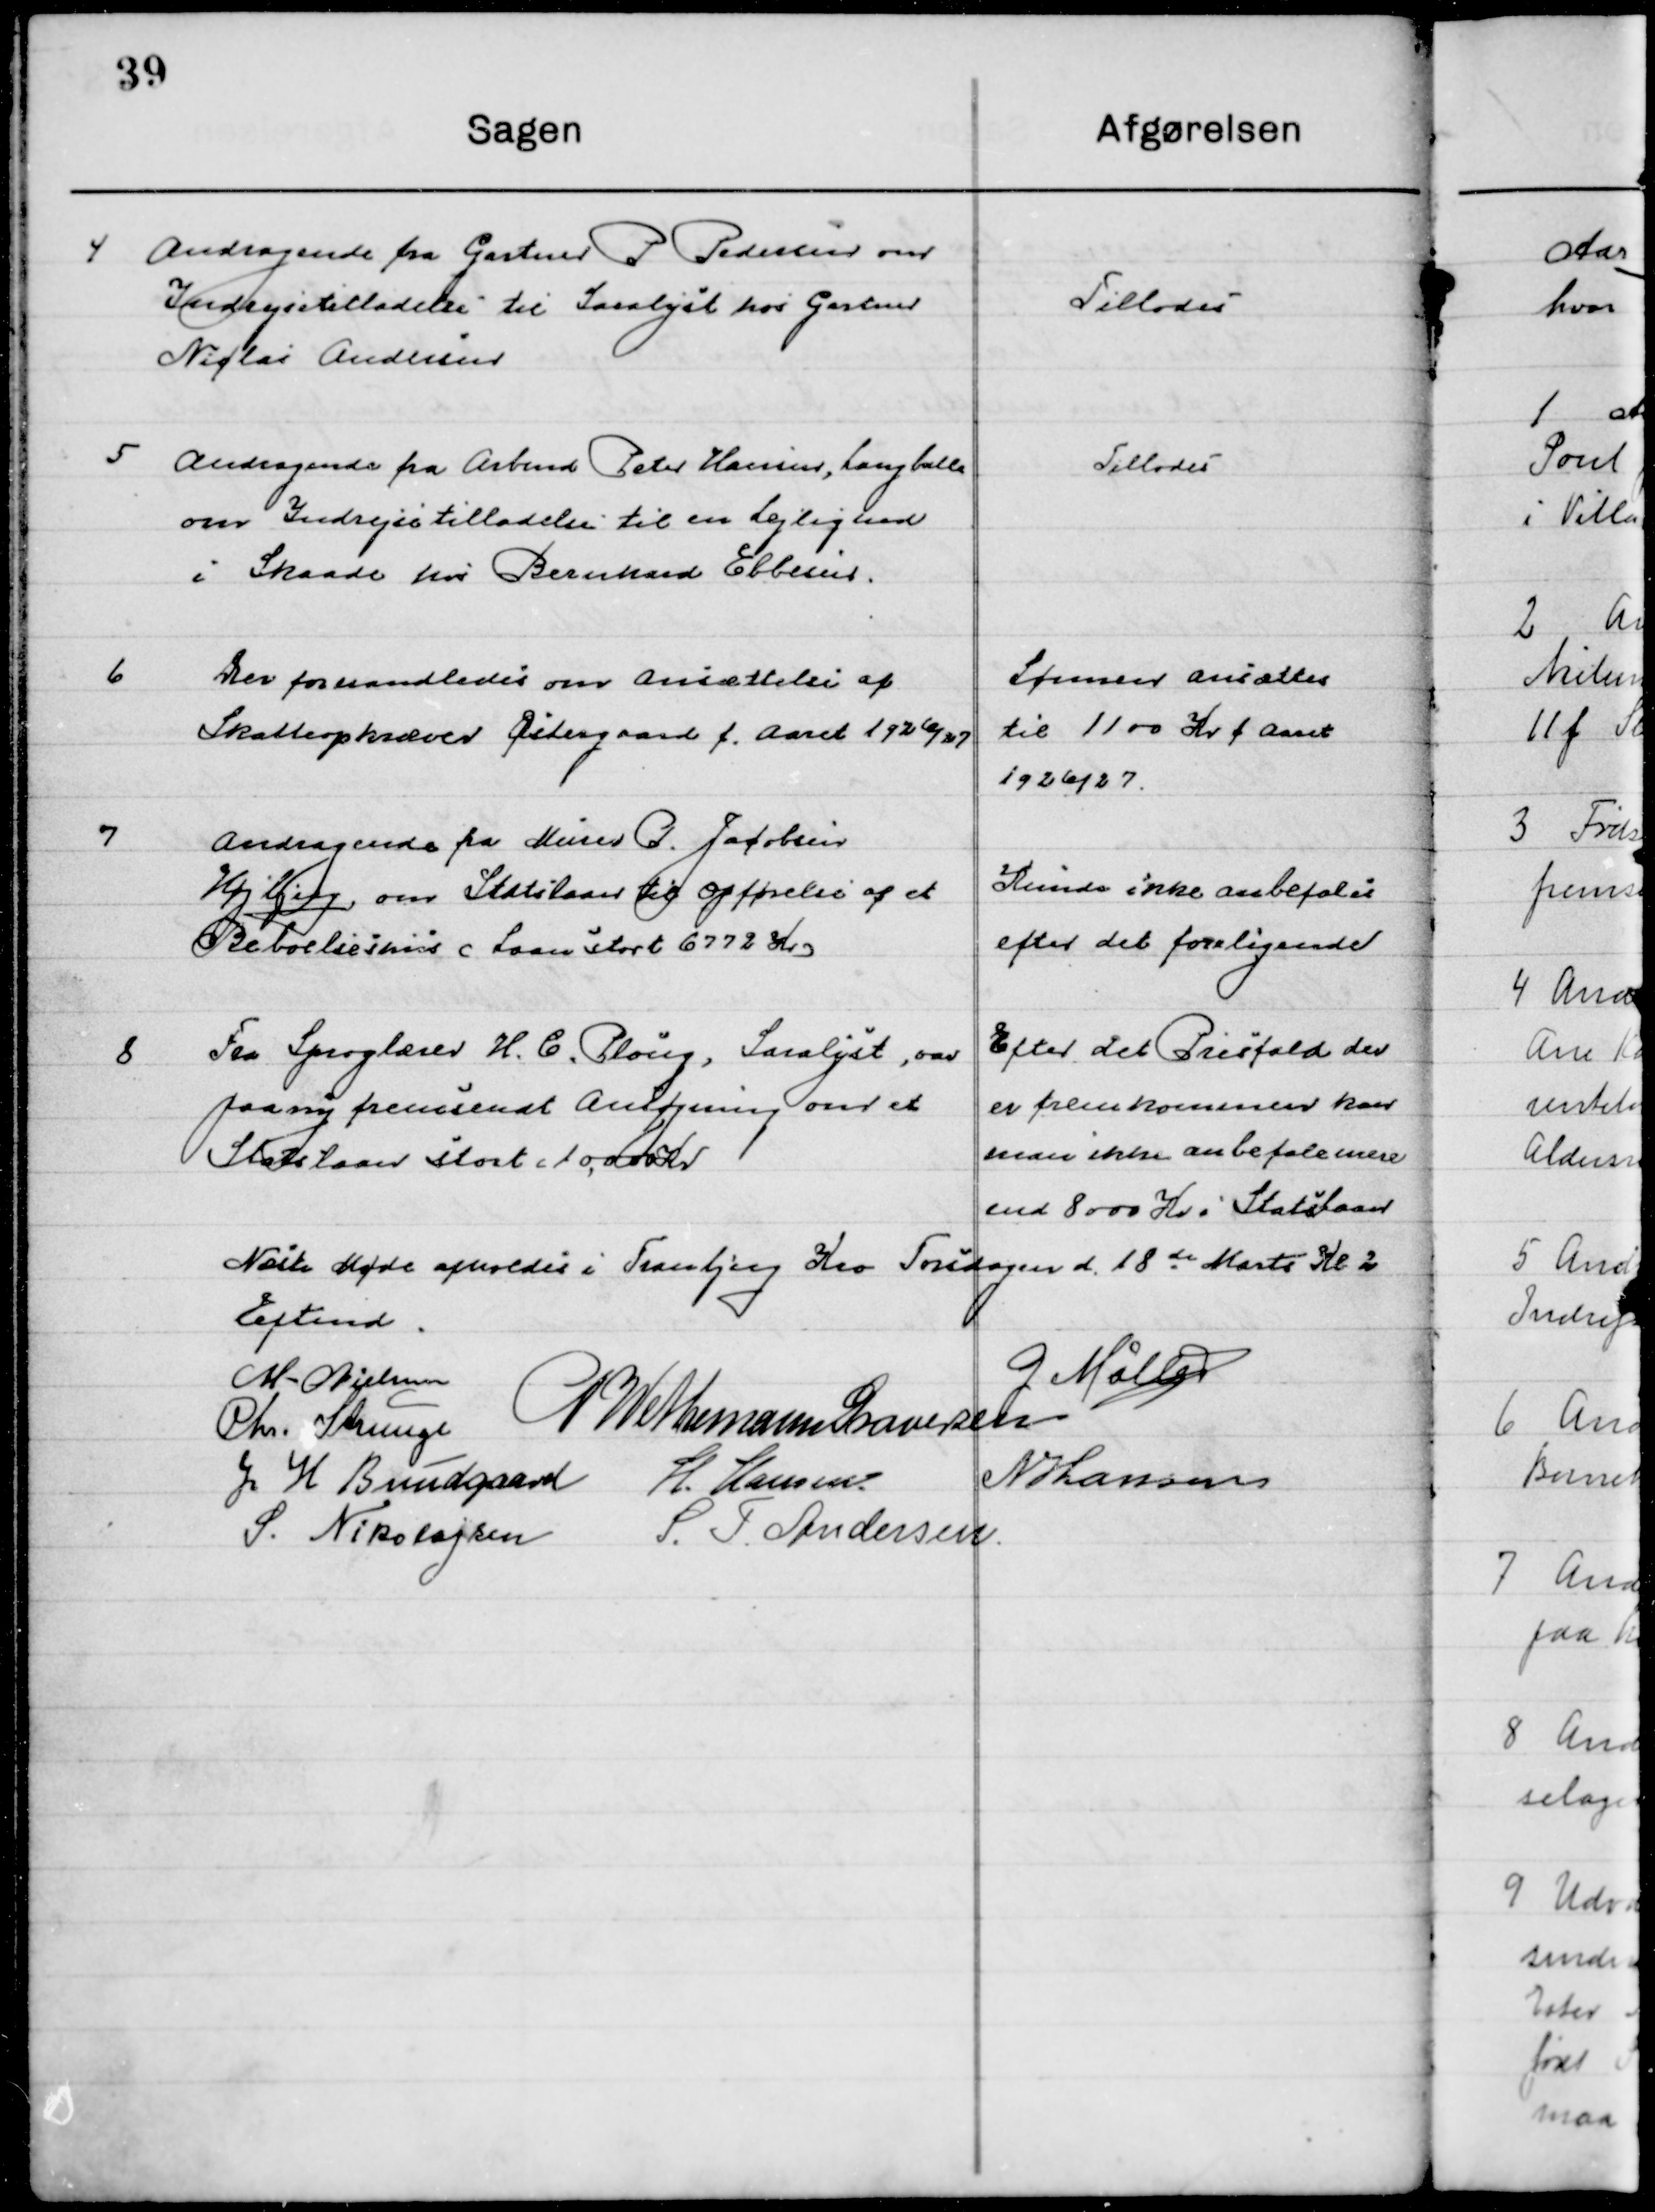
Transskription:
4

Andragende fra Gartner P. Pedersen om 
Indrejsetilladelse til Saralyst hos Gartner
Nicolaj Andersen.

Tillodes

5

Andragende fra Arbmd. Peter Hansen, Langballe
om Indrejsetilladelse til en Lejlighed
i Skaade hos Bernhard Ebbesen.

Tillodes

6

Der forhandles om ansættelse af
Skatteopkræver Østergaard f. Aaret 1926/27.

Lønnen ansættes
til 1100 Kr. f. Aaret
1926/27.

7

Andragende fra Murer P. Jacobsen 
Højbjerg om Statslaan til opførelse af et
Beboelseshus laan stort 6772 Kr.

Kunde ikke anbefales
efter det foreliggende

8

Fra Sproglærer H. C. Ploug, Saralyst var
paany fremsendt Ansøgning om et
Statslaan stort 10.000 Kr.

Efter det Prisfald der
Er fremkommen kan
man ikke anbefale mere
end 8000 Kr. i Statslaan

Næste Møde afholdes i Tranbjerg Kro Torsdagen d. 18de Kl. 2 
Eftmd.

M. Nielsen
G. Møller
Chr. Strunge
G. W. Neumann Graversen
J. H. Bundgaard
H. Hansen
N. Hansen
S. Nikolajsen
S. F. Andersen.